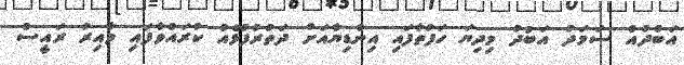
އަބްދުއް ސަމަދު އަބުދު މިދިޔަ ހަފުތާފައި އިންޑިޔާއަށް ދަތުރުފުޅެއް ކުރައްވާފައި ވާއިރު ރައީސް